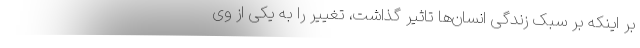
بر اینکه بر سبک زندگی انسان‌ها تاثیر گذاشت، تغییر را به یکی از وی